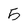
Character: 5